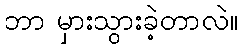
ဘာ မှားသွားခဲ့တာလဲ။